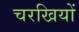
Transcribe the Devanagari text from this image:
चरखियों